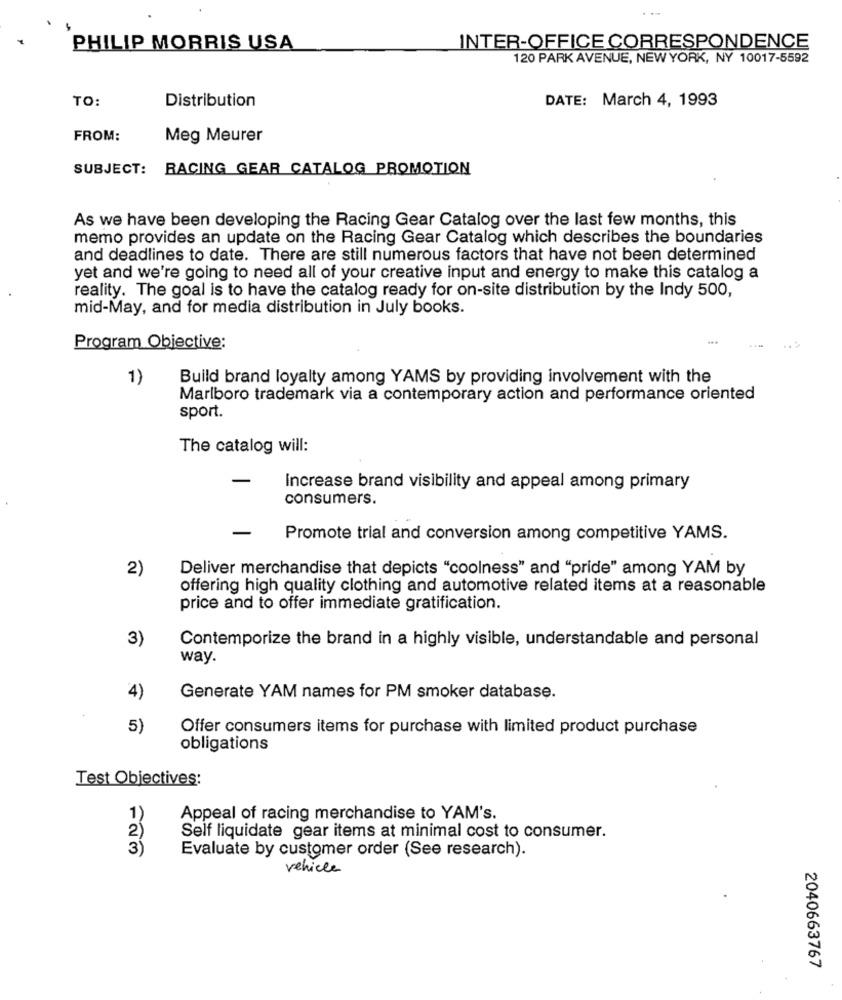
PHILIP MORRIS USA
INTER-OFFICE CORRESPONDENCE
120 PARK AVENUE, NEW YORK, NY 10017-5592
TO:
Distribution
DATE: March 4, 1993
FROM:
Meg Meurer
SUBJECT: RACING GEAR CATALOG PROMOTION
As we have been developing the Racing Gear Catalog over the last few months, this
memo provides an update on the Racing Gear Catalog which describes the boundaries
and deadlines to date. There are still numerous factors that have not been determined
yet and we're going to need all of your creative input and energy to make this catalog a
reality. The goal is to have the catalog ready for on-site distribution by the Indy 500,
mid-May, and for media distribution in July books.
Program Objective:
1)
Build brand loyalty among YAMS by providing involvement with the
Marlboro trademark via a contemporary action and performance oriented
sport.
The catalog will:
-
Increase brand visibility and appeal among primary
consumers.
-
Promote trial and conversion among competitive YAMS.
2)
Deliver merchandise that depicts "coolness" and "pride" among YAM by
offering high quality clothing and automotive related items at a reasonable
price and to offer immediate gratification.
3)
Contemporize the brand in a highly visible, understandable and personal
way.
4)
Generate YAM names for PM smoker database.
5)
Offer consumers items for purchase with limited product purchase
obligations
Test Objectives:
Appeal of racing merchandise to YAM's.
2
Self liquidate gear items at minimal cost to consumer.
3
Evaluate by customer order (See research).
vehicle
2040663767